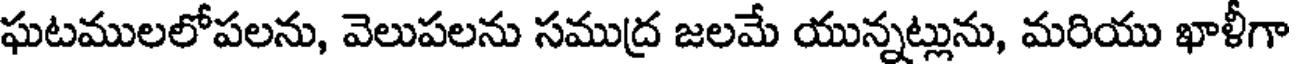
ఘటములలోపలను, వెలుపలను సముద్ర జలమే యున్నట్లును, మరియు ఖాళీగా